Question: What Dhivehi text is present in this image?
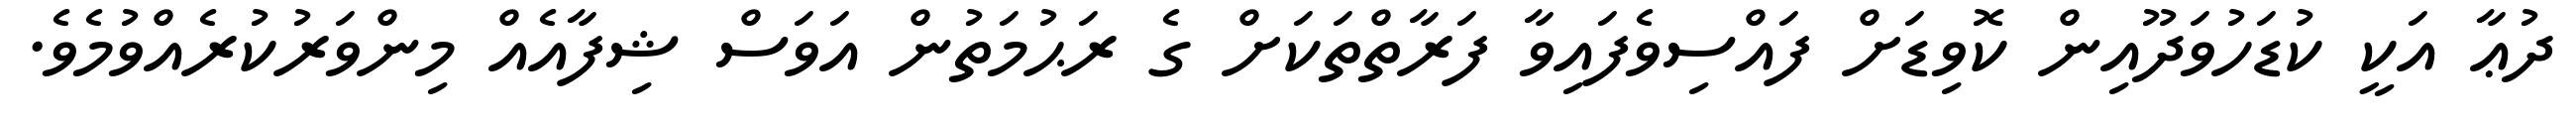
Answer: ދުޢާ އަކީ ކުޑަހުވަދޫއިން ކޮވިޑަށް ފައްސިވެފައިވާ ފަރާތްތަކަށް ގެ ރަޙުމަތުން އަވަސް ޝިފާއެއް މިންވަރުކުރެއްވުމެވެ.